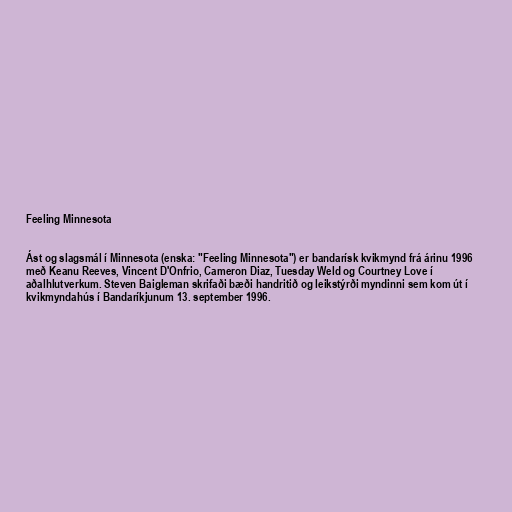
Feeling Minnesota

Ást og slagsmál í Minnesota (enska: "Feeling Minnesota") er bandarísk kvikmynd frá árinu 1996
með Keanu Reeves, Vincent D'Onfrio, Cameron Diaz, Tuesday Weld og Courtney Love í
aðalhlutverkum. Steven Baigleman skrifaði bæði handritið og leikstýrði myndinni sem kom út í
kvikmyndahús í Bandaríkjunum 13. september 1996.